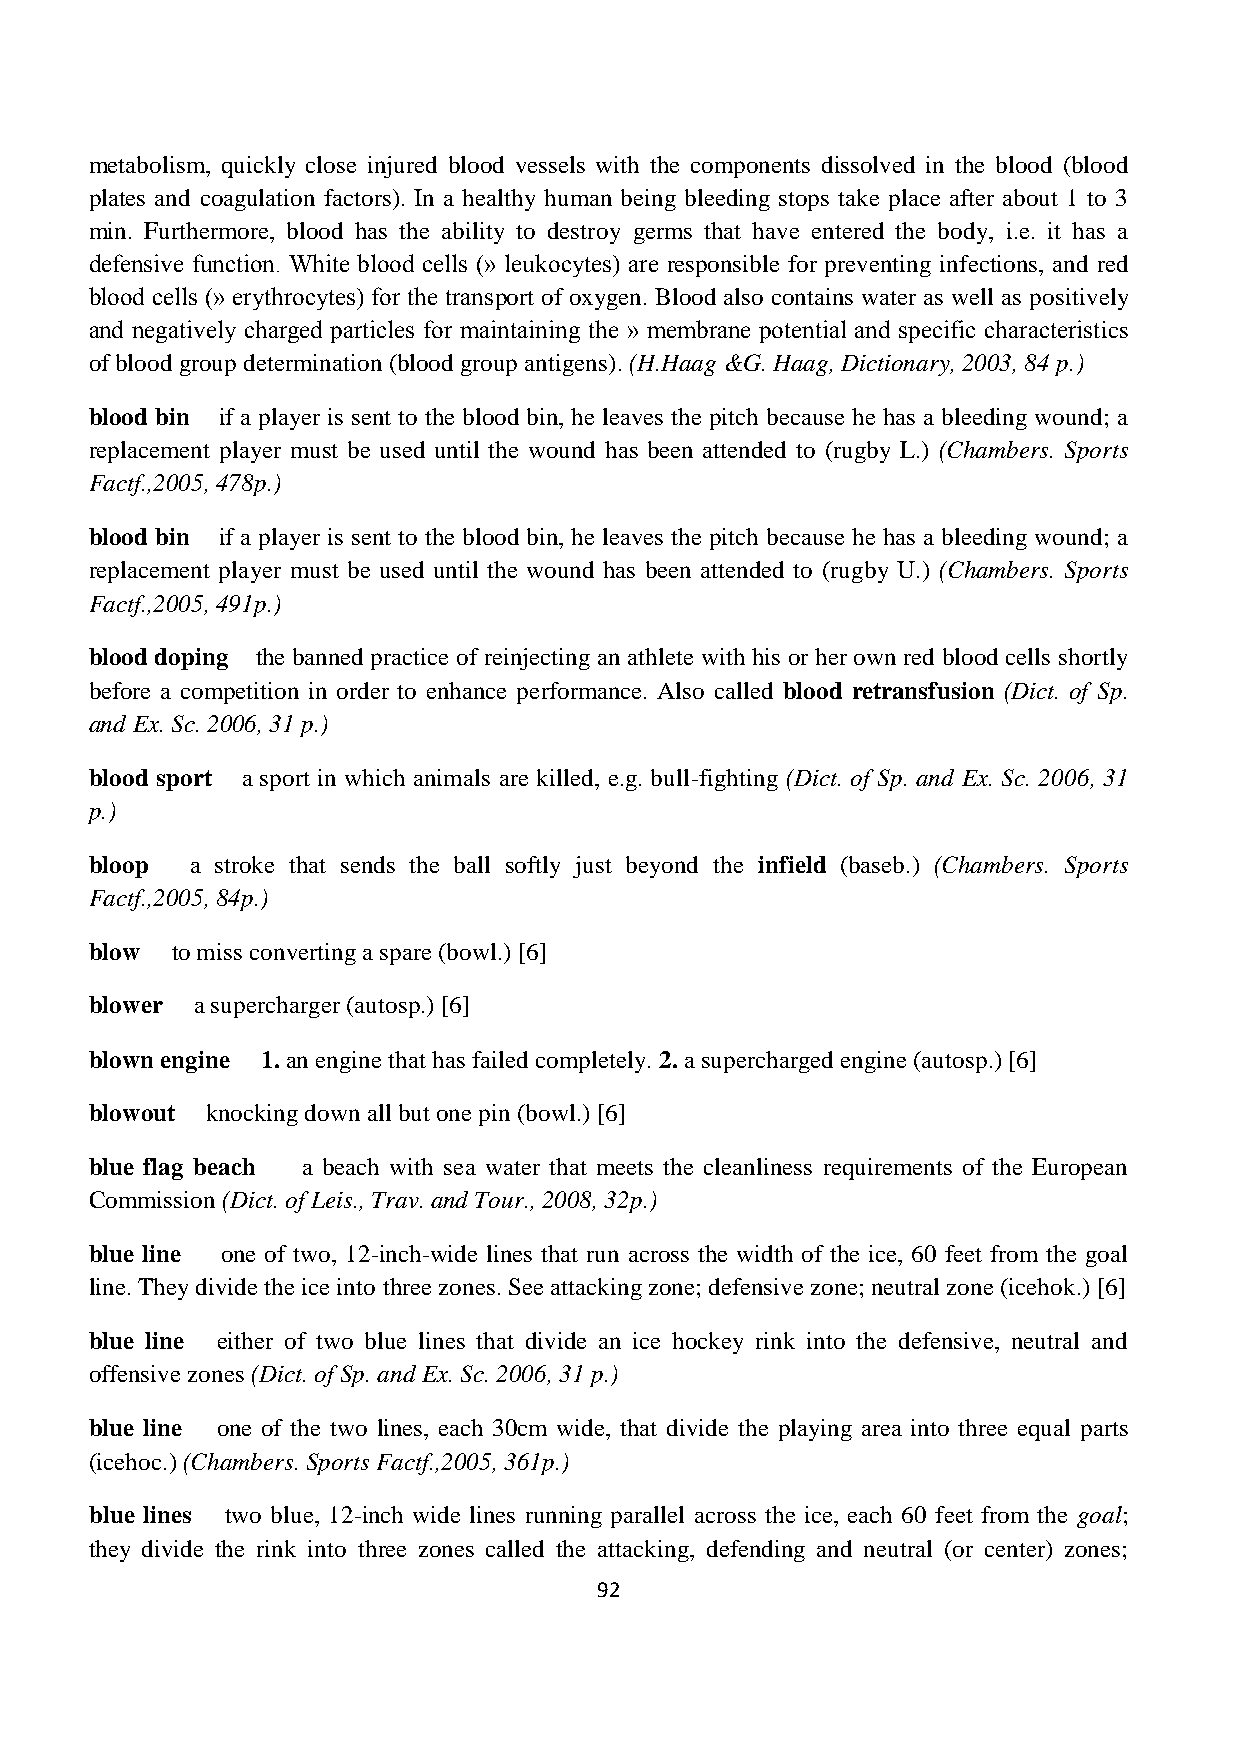
metabolism, quickly close injured blood vessels with the components dissolved in the blood (blood
 plates and coagulation factors). In a healthy human being bleeding stops take place after about 1 to 3
 min. Furthermore, blood has the ability to destroy germs that have entered the body, i.e. it has a
 defensive function. White blood cells (» leukocytes) are responsible for preventing infections, and red
 blood cells (» erythrocytes) for the transport of oxygen. Blood also contains water as well as positively
 and negatively charged particles for maintaining the » membrane potential and specific characteristics
 of blood group determination (blood group antigens). (H.Haag &G. Haag, Dictionary, 2003, 84 p.)
 blood bin if a player is sent to the blood bin, he leaves the pitch because he has a bleeding wound; a
 replacement player must be used until the wound has been attended to (rugby L.) (Chambers. Sports
 Factf.,2005, 478p.)
 blood bin if a player is sent to the blood bin, he leaves the pitch because he has a bleeding wound; a
 replacement player must be used until the wound has been attended to (rugby U.) (Chambers. Sports
 Factf.,2005, 491p.)
 blood doping the banned practice of reinjecting an athlete with his or her own red blood cells shortly
 before a competition in order to enhance performance. Also called blood retransfusion (Dict. of Sp.
 and Ex. Sc. 2006, 31 p.)
 blood sport a sport in which animals are killed, e.g. bull-fighting (Dict. of Sp. and Ex. Sc. 2006, 31
 p.)
 bloop  a stroke that sends the ball softly just beyond the infield (baseb.) (Chambers. Sports
 Factf.,2005, 84p.)
 blow to miss converting a spare (bowl.) [6]
 blower a supercharger (autosp.) [6]
 blown engine 1. an engine that has failed completely. 2. a supercharged engine (autosp.) [6]
 blowout knocking down all but one pin (bowl.) [6]
 blue flag beach a beach with sea water that meets the cleanliness requirements of the European
 Commission (Dict. of Leis., Trav. and Tour., 2008, 32p.)
 blue line one of two, 12-inch-wide lines that run across the width of the ice, 60 feet from the goal
 line. They divide the ice into three zones. See attacking zone; defensive zone; neutral zone (icehok.) [6]
 blue line either of two blue lines that divide an ice hockey rink into the defensive, neutral and
 offensive zones (Dict. of Sp. and Ex. Sc. 2006, 31 p.)
 blue line one of the two lines, each 30cm wide, that divide the playing area into three equal parts
 (icehoc.) (Chambers. Sports Factf.,2005, 361p.)
 blue lines two blue, 12-inch wide lines running parallel across the ice, each 60 feet from the goal;
 they divide the rink into three zones called the attacking, defending and neutral (or center) zones;
 92